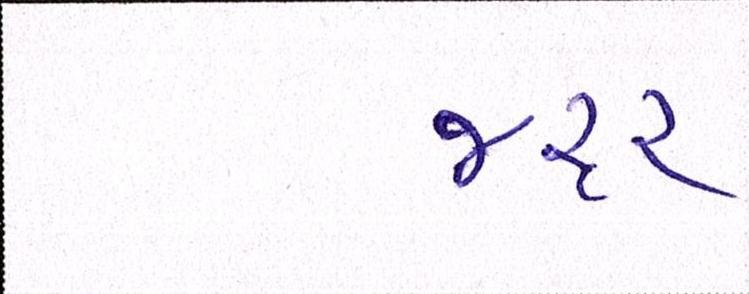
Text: જરૃર